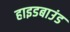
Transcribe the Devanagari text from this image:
हाइडबाउंड